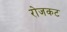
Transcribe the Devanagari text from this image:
रोजकट